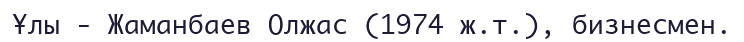
Ұлы - Жаманбаев Олжас (1974 ж.т.), бизнесмен.